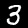
Digit: 3